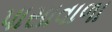
પાસાવાળા